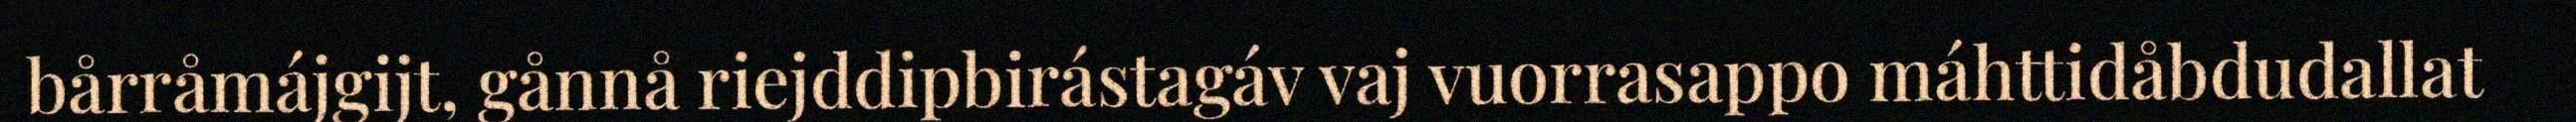
bårråmájgijt, gånnå riejddipbirástagáv vaj vuorrasappo máhttidåbdudallat